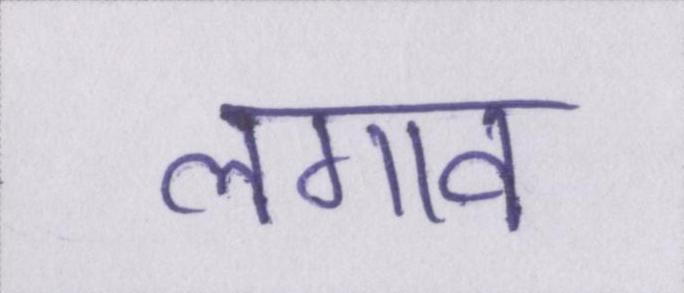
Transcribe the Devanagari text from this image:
लगाव